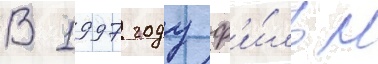
В 1997 году ф'и́льм